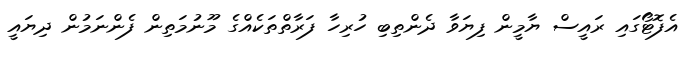
އެފޮޓޯގައި ރައީސް ޔާމީން ފިޔަވާ ދެންތިބި ހުރިހާ ފަރާތްތަކެއްގެ މޫނުމަތިން ފެންނަމުން ދިޔައީ